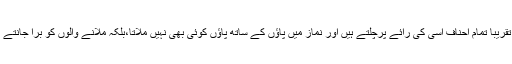
اب تقریباً تمام احناف اسی کی رائے پرچلتے ہیں اور نماز میں پاؤں کے ساتھ پاؤں کوئی بھی نہیں ملاتا،بلکہ ملانے والوں کو برا جانتے ہیں۔